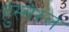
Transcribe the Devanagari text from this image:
हुस्सेरल